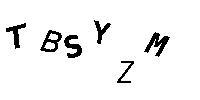
TBSYZM